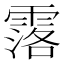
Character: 𮦣